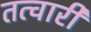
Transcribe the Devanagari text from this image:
तत्वारी